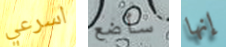
اسرعي سأضع إنها